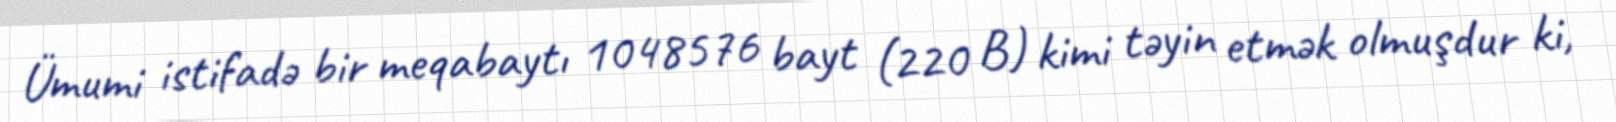
Ümumi istifadə bir meqabaytı 1048576 bayt (220 B) kimi təyin etmək olmuşdur ki,